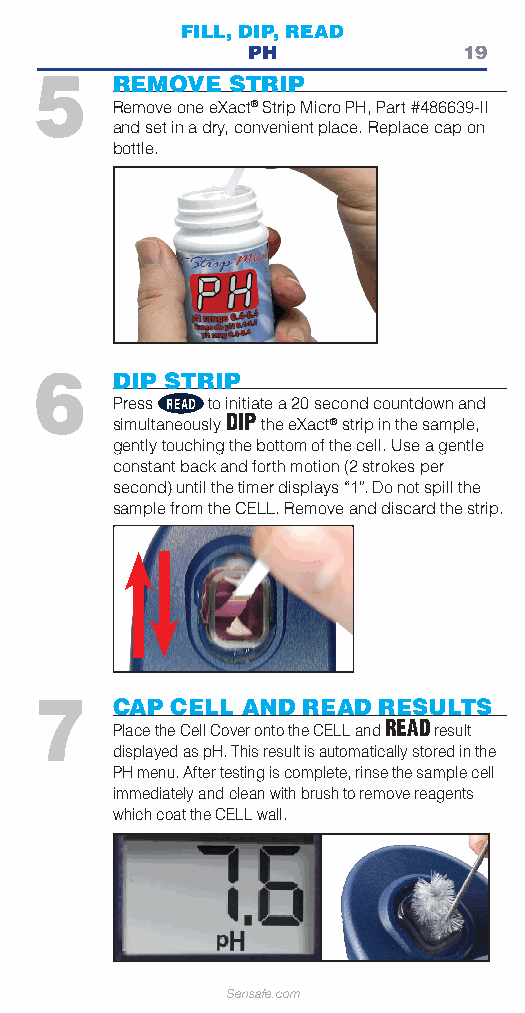
FILL, DIP, READ
 PH             19
 5    REMOVE  STRIP
 Remove one eXact® Strip Micro PH, Part #486639-II
 and set in a dry, convenient place. Replace cap on
 bottle.
 6    DIP STRIP
 Press  to initiate a 20 second countdown and
 simultaneously DIP the eXact® strip in the sample,
 gently touching the bottom of the cell. Use a gentle
 constant back and forth motion (2 strokes per
 second) until the timer displays “1”. Do not spill the
 sample from the CELL. Remove and discard the strip.
 7    CAP CELL AND READ RESULTS
 Place the Cell Cover onto the CELL and READresult
 displayed as pH. This result is automatically stored in the
 PH menu. After testing is complete, rinse the sample cell
 immediately and clean with brush to remove reagents
 which coat the CELL wall.
 Sensafe.com